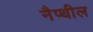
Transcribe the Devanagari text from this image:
नैप्थील